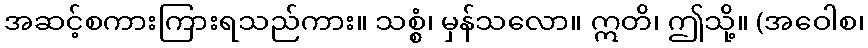
အဆင့်စကားကြားရသည်ကား။ သစ္စံ၊ မှန်သလော။ ဣတိ၊ ဤသို့။ (အဝေါစ၊